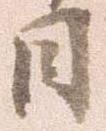
日